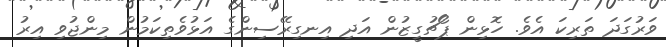
ވަރުގަދަ ތަރިކަ އެވެ. ހޮޅިން ޕޯޗުގީޒުން އަދި އިނގިރޭސިންގެ އަޅުވެތިކަމުން މިންޖުވި އިރު